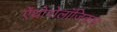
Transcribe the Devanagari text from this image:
ऐंथ्रोपोलॉजिकल